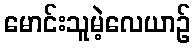
မောင်းသူမဲ့လေယာဉ်